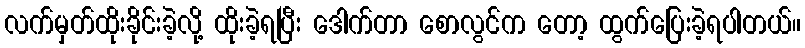
လက်မှတ်ထိုးခိုင်းခဲ့လို့ ထိုးခဲ့ရပြီး ဒေါက်တာ စောလွင်က တော့ ထွက်ပြေးခဲ့ရပါတယ်။